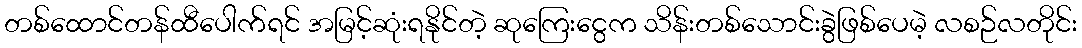
တစ်ထောင်တန်ထီပေါက်ရင် အမြင့်ဆုံးရနိုင်တဲ့ ဆုကြေးငွေက သိန်းတစ်သောင်းခွဲဖြစ်ပေမဲ့ လစဉ်လတိုင်း